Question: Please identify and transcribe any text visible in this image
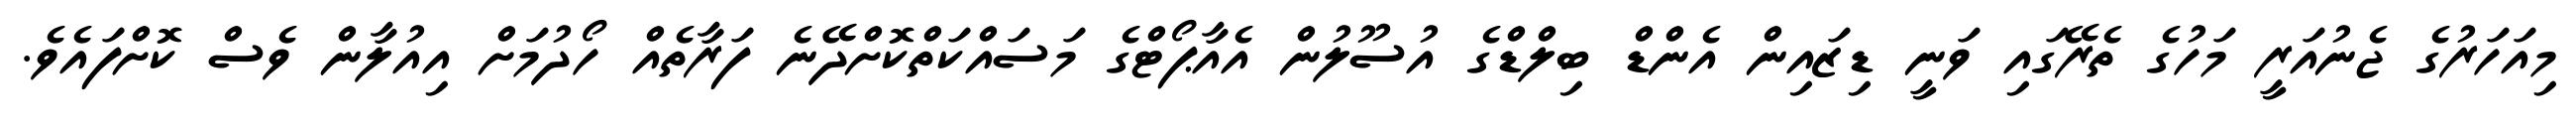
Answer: މިއަހަރުގެ ޖެނުއަރީ މަހުގެ ތެރޭގައި ވަނީ ޑިޒައިން އެންޑް ބިލްޑްގެ އުސޫލުން އެއާޕޯޓްގެ މަސައްކަތްކޮށްދޭނެ ފަރާތެއް ހޯދުމަށް އިއުލާން ވެސް ކޮށްފައެވެ.